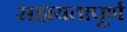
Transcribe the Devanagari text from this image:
सहायतापूर्ण